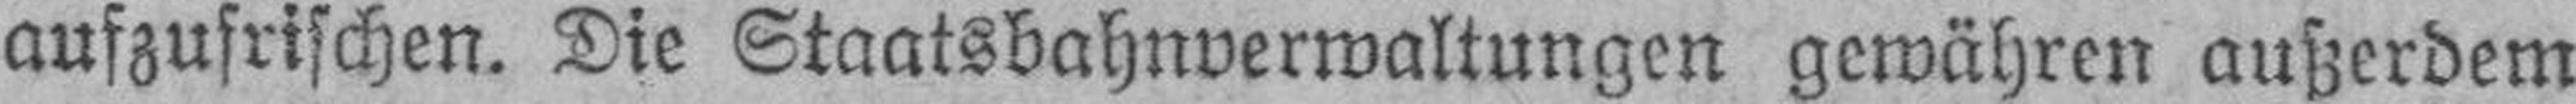
aufzufrischen. Die Staatsbahnverwaltungen gewähren außerdem